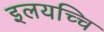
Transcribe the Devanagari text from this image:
इलयच्चि